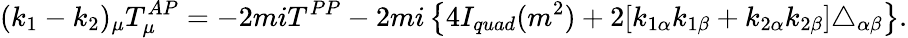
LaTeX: (k_{1}-k_{2})_{\mu}T_{\mu}^{AP}=-2miT^{PP}-2mi\left\{ 4I_{quad}(m^{2})+2[k_{1\alpha}k_{1\beta}+k_{2\alpha}k_{2\beta}]\triangle_{\alpha\beta}\right\} .